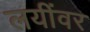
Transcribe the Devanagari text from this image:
लयींवर